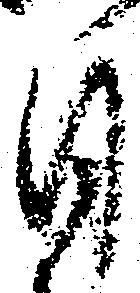
自